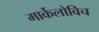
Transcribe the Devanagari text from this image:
मार्केलोविच